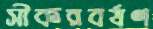
সীকরবর্ষণ